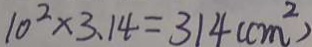
1 0 ^ { 2 } \times 3 . 1 4 = 3 1 4 ( c m ^ { 2 } )